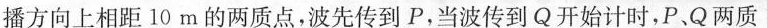
播方向上相距10m的两质点，波先传到P，当波传到Q开始计时，P、Q两质